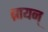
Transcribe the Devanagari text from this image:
ब्रायन्